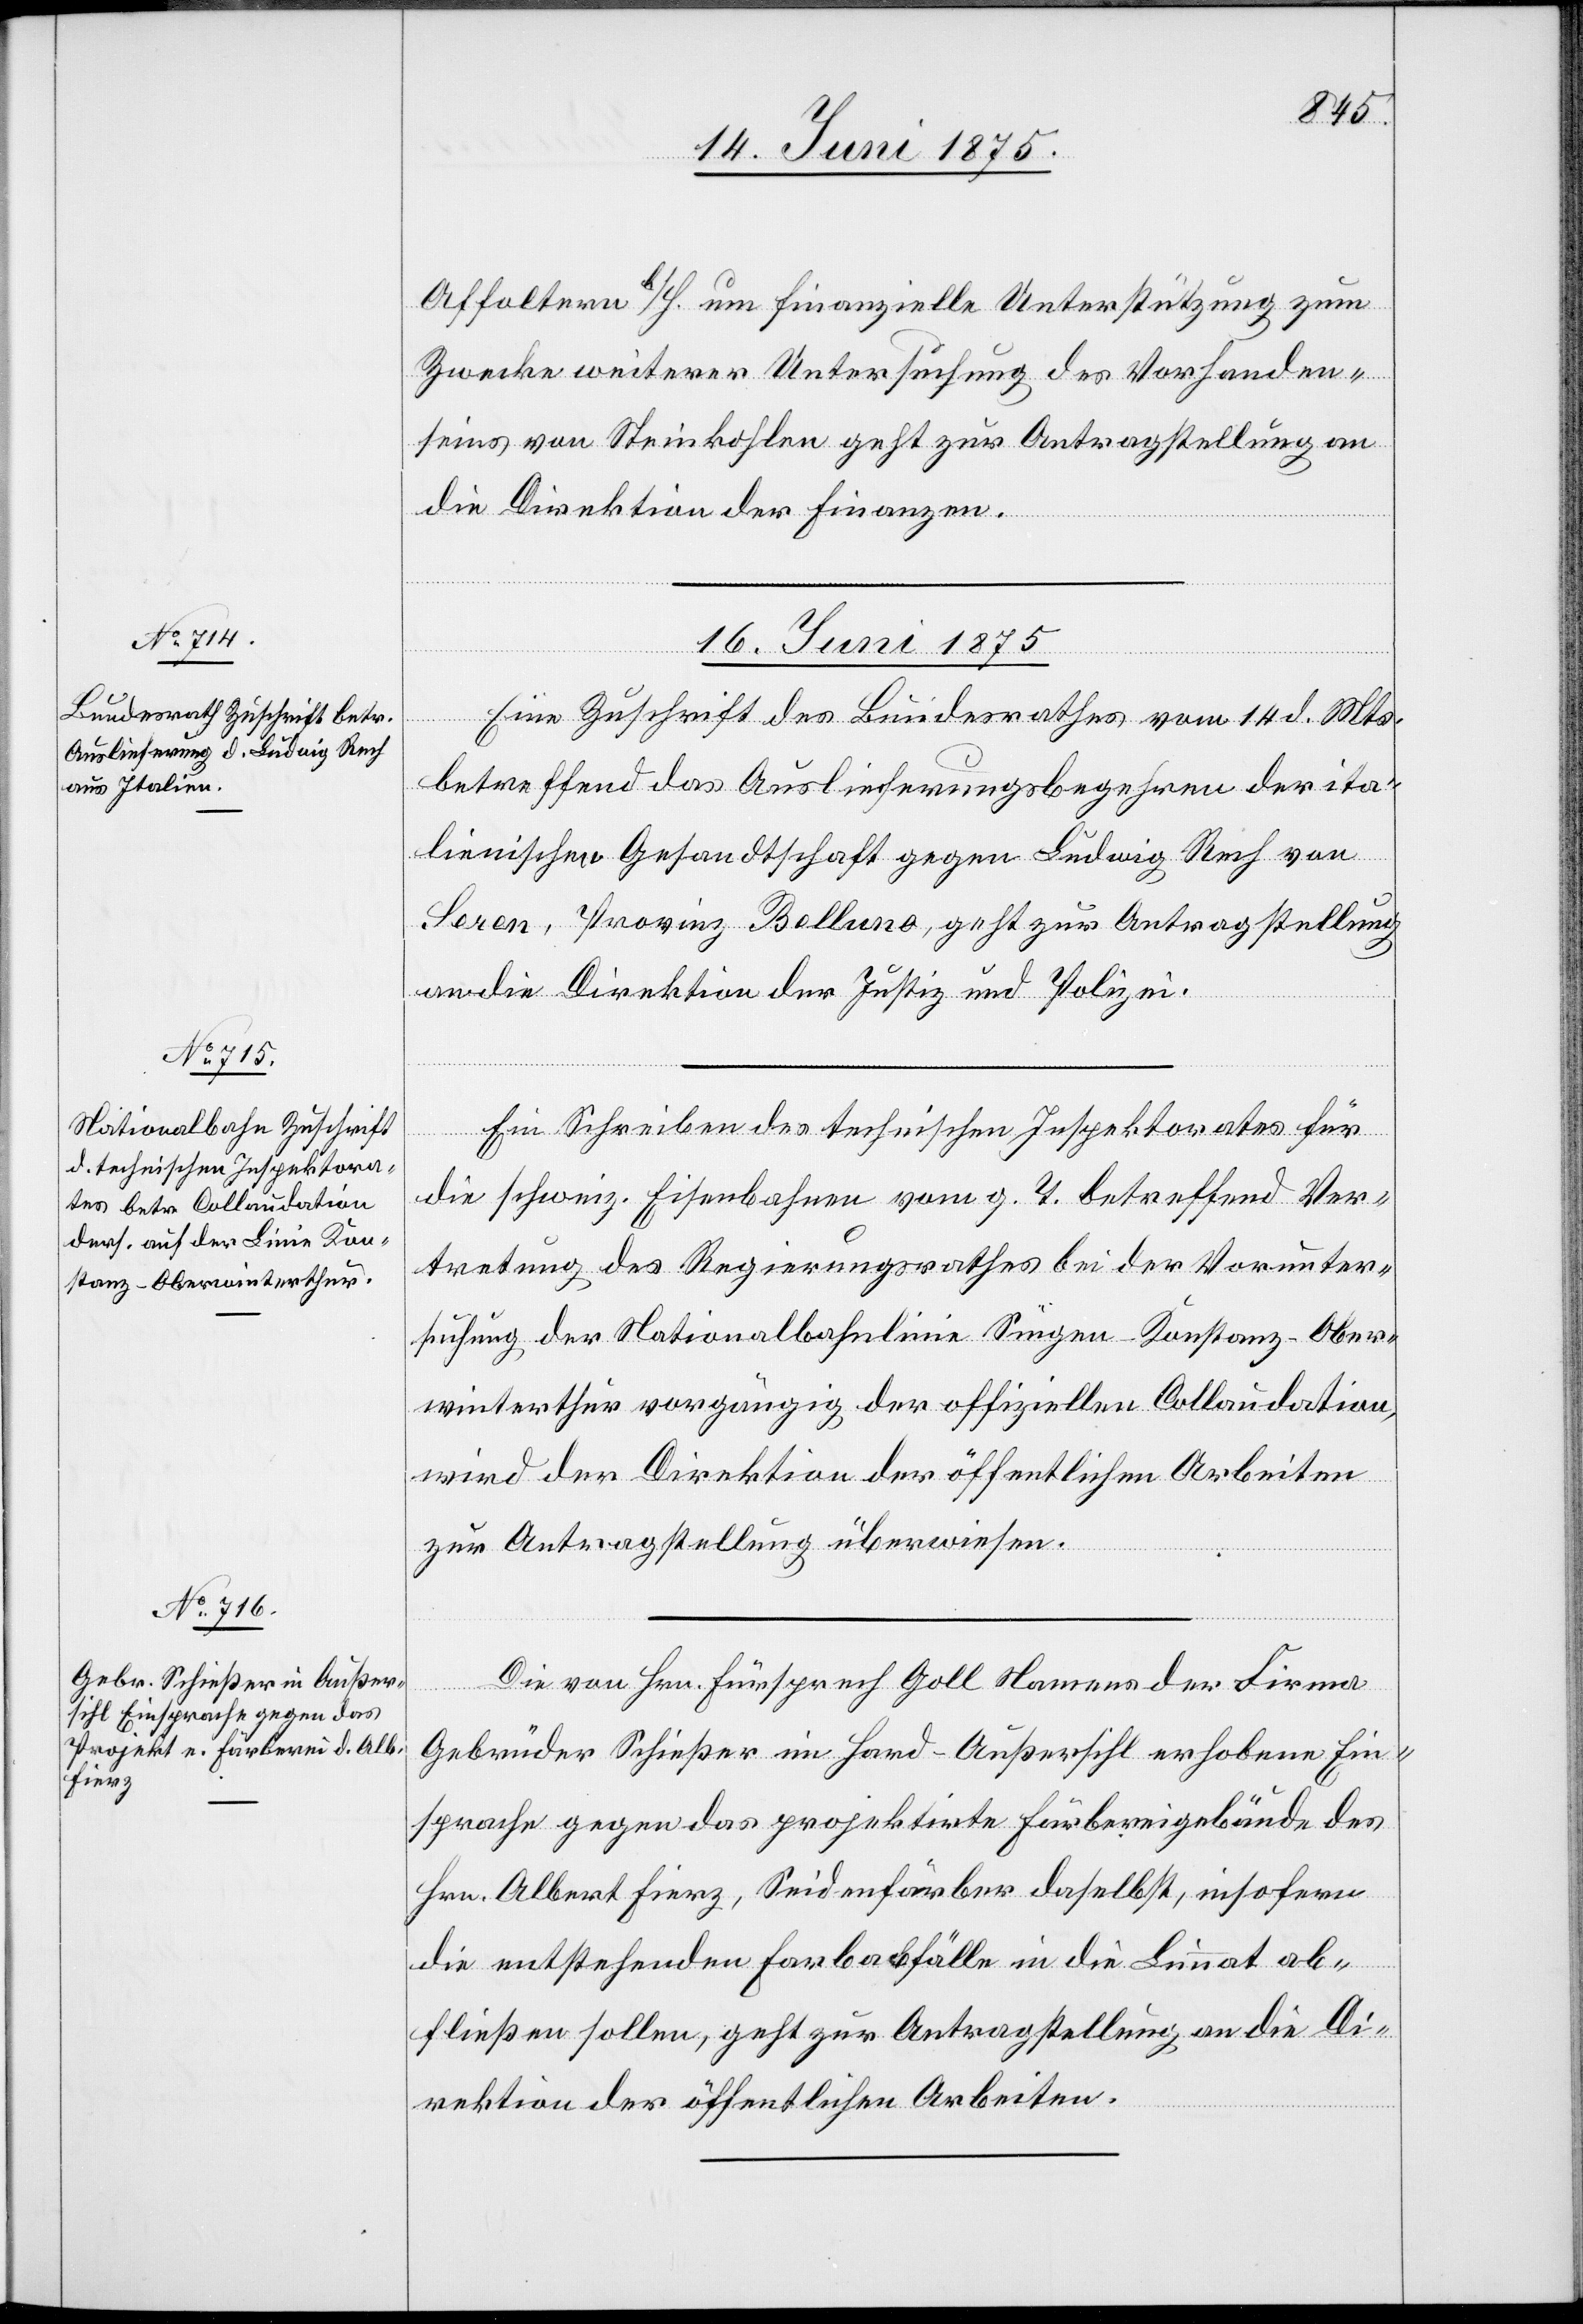
Affoltern b/H. um finanzielle Unterstützung zum
Zwecke weiterer Untersuchung des Vorhanden¬
seins von Steinkohlen geht zur Antragstellung an
die Direktion der Finanzen.
16. Juni 1875.]
Eine Zuschrift des Bundesrathes vom 14. d. Mts.
betreffend das Auslieferungsbegehren der ita¬
lienischen Gesandtschaft gegen Ludwig Rech von
Seren, Provinz Belluno, geht zur Antragstellung
an die Direktion der Justiz und Polizei.
Ein Schreiben des technischen Inspektorates für
die schweiz. Eisenbahnen vom g. T. betreffend Ver¬
tretung des Regierungsrathes bei der Vorunter¬
suchung der Nationalbahnlinie Singen–Konstanz–Ober¬
winterthur vorgängig der offiziellen Collaudation,
wird der Direktion der öffentlichen Arbeiten
zur Antragstellung überwiesen.
Die von Hrn. Fürsprech Goll Namens der Firma
Gebrüder Schießer im Hard - Außersihl erhobene Ein¬
sprache gegen das projektirte Färbereigebäude des
Hrn. Albert Fierz, Seidenfärber daselbst, insofern
die entstehenden Farbabfälle in die Limmat ab¬
fließen sollen, geht zur Antragstellung an die Di¬
rektion der öffentlichen Arbeiten.